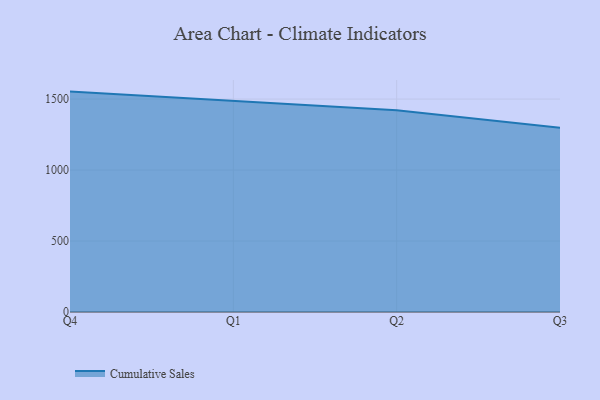
{"axis": {"x": "Quarter", "y": "Humidity (%)"}, "legend": ["Cumulative Sales"], "data": [{"x": "Q4", "y": 1552.6, "type": "Cumulative Sales"}, {"x": "Q1", "y": 1484.7, "type": "Cumulative Sales"}, {"x": "Q2", "y": 1421.0, "type": "Cumulative Sales"}, {"x": "Q3", "y": 1298.0, "type": "Cumulative Sales"}]}